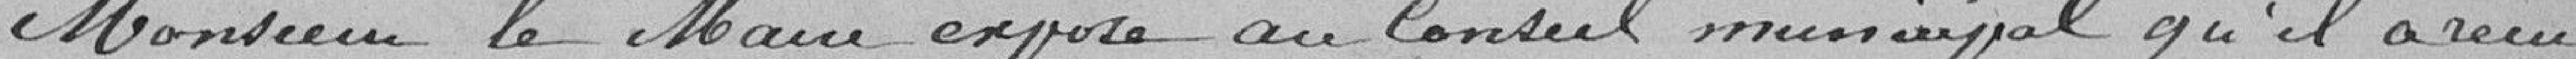
Monsieur le Maire expose au conseil municipal qu'il a reçu